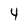
Character: 4